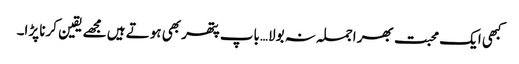
کبھی ایک محبت بھر اجملہ نہ بولا…باپ پتھر بھی ہوتے ہیں مجھے یقین کرنا پڑا۔